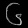
Digit: ၆